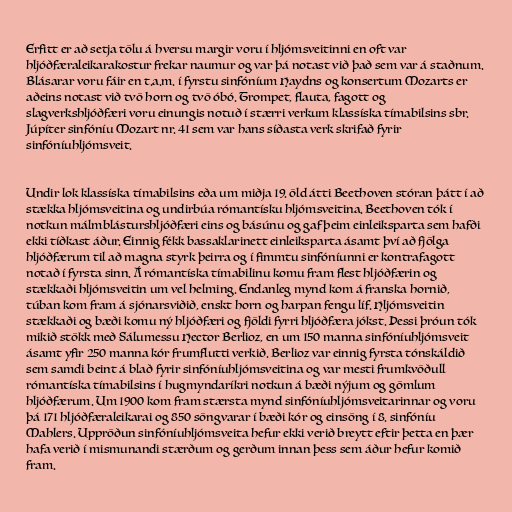
Erfitt er að setja tölu á hversu margir voru í hljómsveitinni en oft var
hljóðfæraleikarakostur frekar naumur og var þá notast við það sem var á staðnum.
Blásarar voru fáir en t.a.m. í fyrstu sinfóníum Haydns og konsertum Mozarts er
aðeins notast við tvö horn og tvö óbó. Trompet, flauta, fagott og
slagverkshljóðfæri voru einungis notuð í stærri verkum klassíska tímabilsins sbr.
Júpíter sinfóníu Mozart nr. 41 sem var hans síðasta verk skrifað fyrir
sinfóníuhljómsveit.

Undir lok klassíska tímabilsins eða um miðja 19. öld átti Beethoven stóran þátt í að
stækka hljómsveitina og undirbúa rómantísku hljómsveitina. Beethoven tók í
notkun málmblásturshljóðfæri eins og básúnu og gaf þeim einleiksparta sem hafði
ekki tíðkast áður. Einnig fékk bassaklarinett einleiksparta ásamt því að fjölga
hljóðfærum til að magna styrk þeirra og í fimmtu sinfóníunni er kontrafagott
notað í fyrsta sinn. Á rómantíska tímabilinu komu fram flest hljóðfærin og
stækkaði hljómsveitin um vel helming. Endanleg mynd kom á franska hornið,
túban kom fram á sjónarsviðið, enskt horn og harpan fengu líf. Hljómsveitin
stækkaði og bæði komu ný hljóðfæri og fjöldi fyrri hljóðfæra jókst. Þessi þróun tók
mikið stökk með Sálumessu Hector Berlioz, en um 150 manna sinfóníuhljómsveit
ásamt yfir 250 manna kór frumflutti verkið. Berlioz var einnig fyrsta tónskáldið
sem samdi beint á blað fyrir sinfóníuhljómsveitina og var mesti frumkvöðull
rómantíska tímabilsins í hugmyndaríkri notkun á bæði nýjum og gömlum
hljóðfærum. Um 1900 kom fram stærsta mynd sinfóníuhljómsveitarinnar og voru
þá 171 hljóðfæraleikarai og 850 söngvarar í bæði kór og einsöng í 8. sinfóníu
Mahlers. Uppröðun sinfóníuhljómsveita hefur ekki verið breytt eftir þetta en þær
hafa verið í mismunandi stærðum og gerðum innan þess sem áður hefur komið
fram.